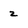
Character: z